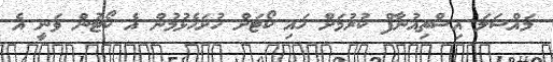
މައްސަލަ އިސްތިއުނާފް ކުރުމަށް ހައި ކޯޓަށް ހުށަހެޅުމުން އެ ކޯޓުން ވަނީ އެ